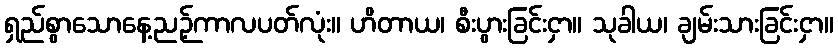
ရှည်စွာသောနေ့ညဉ့်ကာလပတ်လုံး။ ဟိတာယ၊ စီးပွားခြင်းငှာ။ သုခါယ၊ ချမ်းသားခြင်းငှာ။